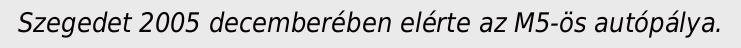
Szegedet 2005 decemberében elérte az M5-ös autópálya.